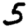
Digit: 5